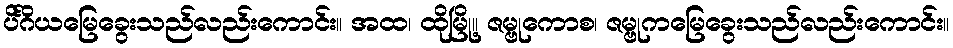
ပိင်္ဂိယမြေခွေးသည်လည်းကောင်း။ အထ၊ ထိုမြို့။ ဇမ္ဗုကောစ၊ ဇမ္ဗုကမြေခွေးသည်လည်းကောင်း။